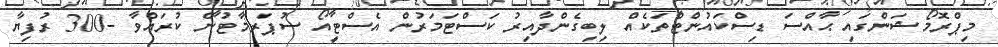
މިޕްރޮމޯޝަންގައި ޙާއްސަ ޑިސްކައުންޓްތަކެއް ލިބިގެންދާއިރު ކަސްޓަމަރުން އެސްޓީއޯ ސުޕަރމާޓުން ކުރައްވާ -300 ރުފިޔާ